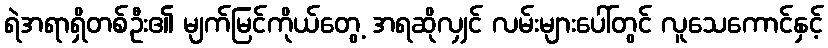
ရဲအရာရှိတစ်ဦး၏ မျက်မြင်ကိုယ်တွေ့ အရဆိုလျှင် လမ်းများပေါ်တွင် လူသေကောင်နှင့်